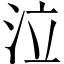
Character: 泣